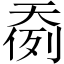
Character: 𱘷